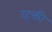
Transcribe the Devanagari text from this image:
व्हक्ती